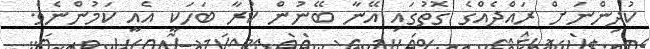
ކުދިންނަށް ރައްދެއްގެ ގޮތުގައި އޭނާ ބޭނުން ކުރާ ބަހަކީ އެއީ ކަމުންނެވެ.